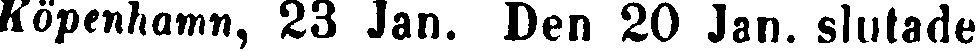
Köpenhamn, 23 Jan. Den 20 Jan. slutade